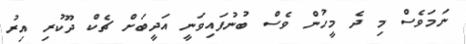
ނަމަވެސް މި ދެ މީހުން ވެސް ބުނުފައިވަނީ އަދީބަށް ޗެކް ދޫކުރި އިރު